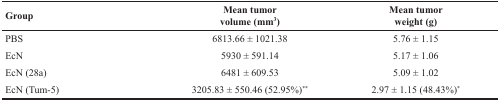
<table><thead><tr><td><b>Group</b></td><td><b>Mean tumorvolume (mm<sup>3</sup>)</b></td><td><b>Mean tumorweight (g)</b></td></tr></thead><tbody><tr><td>PBS</td><td>6813.66 ± 1021.38</td><td>5.76 ± 1.15</td></tr><tr><td>EcN</td><td>5930 ± 591.14</td><td>5.17 ± 1.06</td></tr><tr><td>EcN (28a)</td><td>6481 ± 609.53</td><td>5.09 ± 1.02</td></tr><tr><td>EcN (Tum-5)</td><td>3205.83 ± 550.46 (52.95%)<sup>**</sup></td><td>2.97 ± 1.15 (48.43%)<sup>*</sup></td></tr></tbody></table>